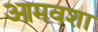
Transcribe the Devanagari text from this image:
आमवशा